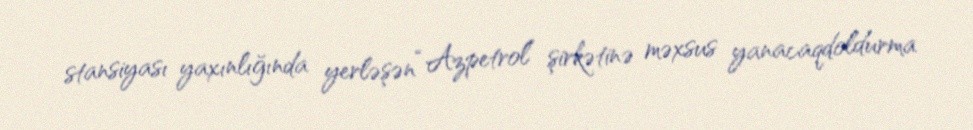
stansiyası yaxınlığında yerləşən “Azpetrol” şirkətinə məxsus yanacaqdoldurma